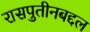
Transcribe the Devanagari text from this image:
रासपुतीनबद्दल